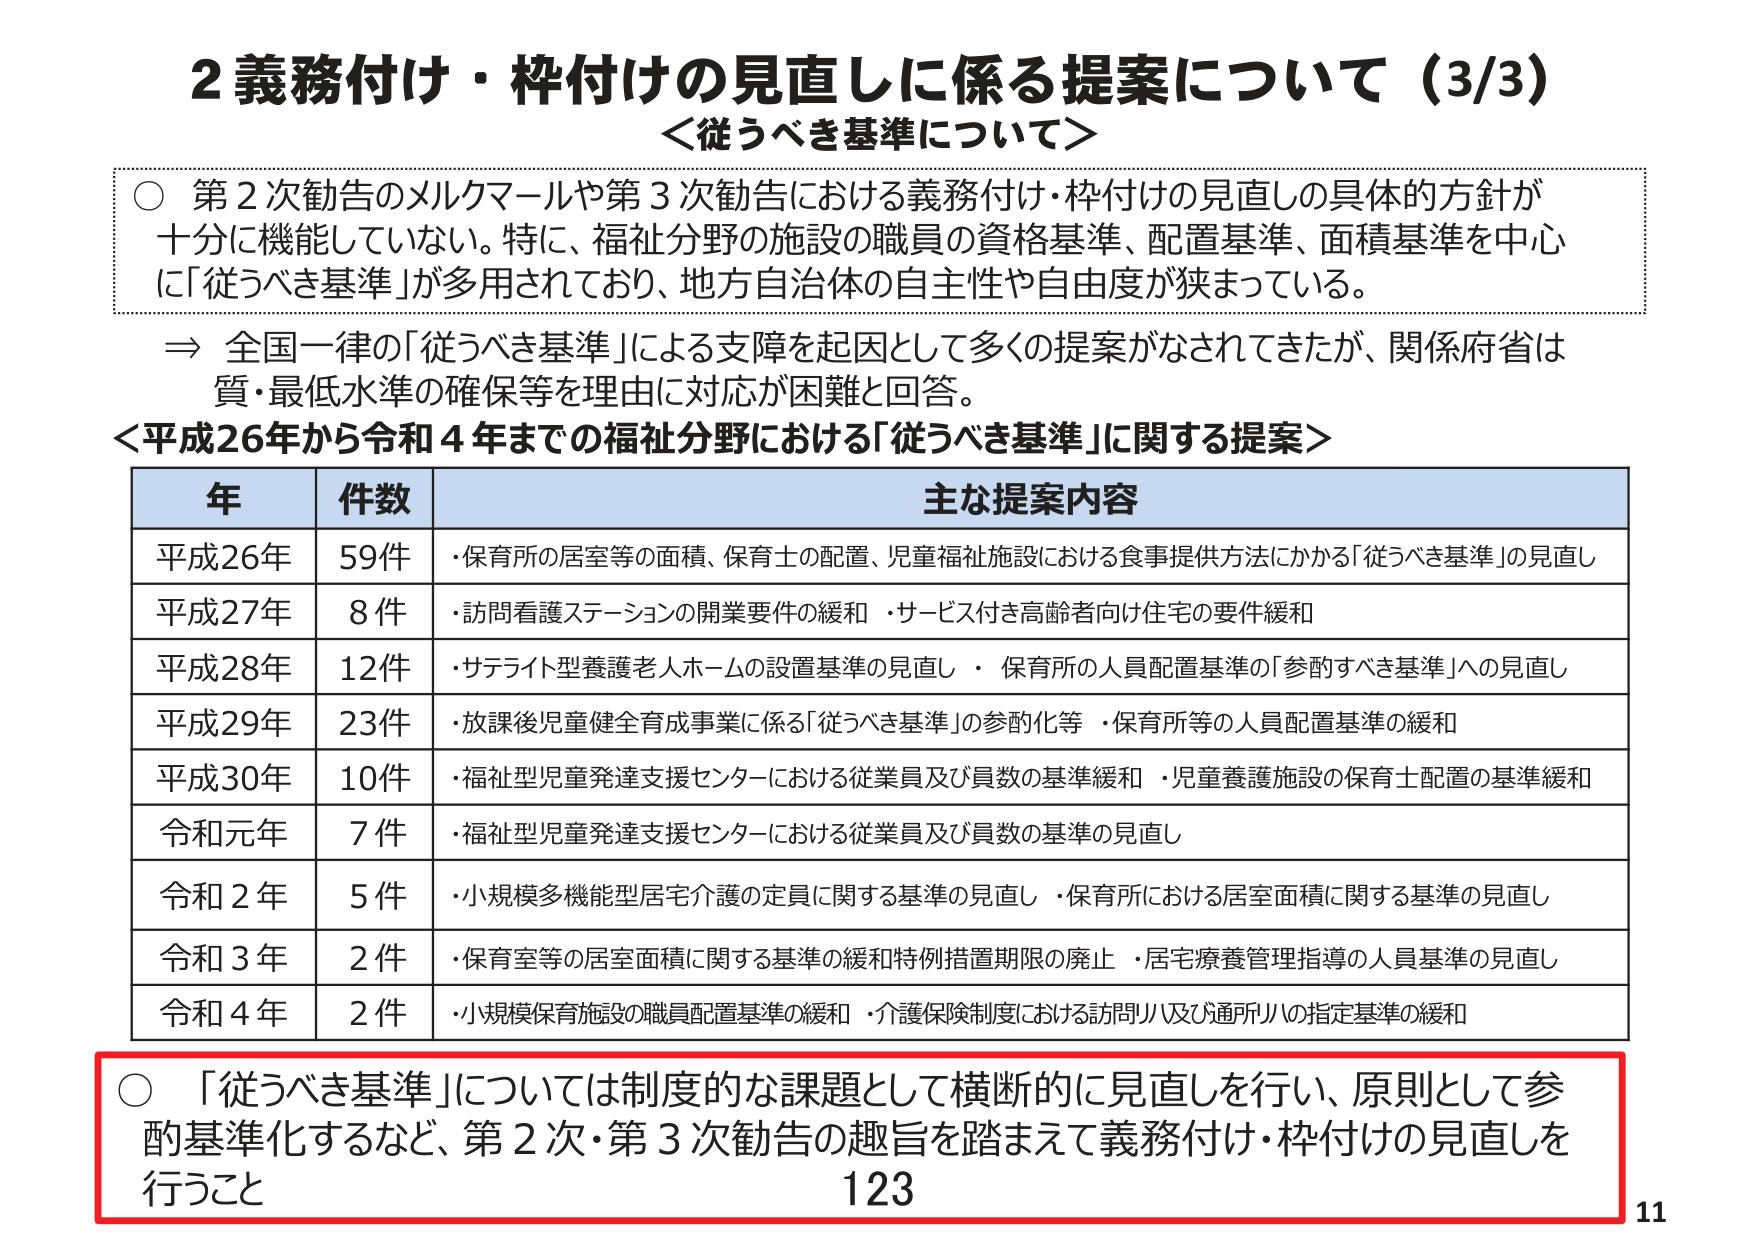
2 義務付け・枠付けの見直しに係る提案について（3/3）
＜従うべき基準について＞

○ 第2次勧告のメルクマールや第3次勧告における義務付け・枠付けの見直しの具体的方針が
十分に機能していない。特に、福祉分野の施設の職員の資格基準、配置基準、面積基準を中心に「従うべき基準」が多用されており、地方自治体の自主性や自由度が狭まっている。

⇒ 全国一律の「従うべき基準」による支障を起因として多くの提案がなされてきたが、関係府省は
質・最低水準の確保等を理由に対応が困難と回答。

＜平成26年から令和4年までの福祉分野における「従うべき基準」に関する提案＞

年　　件数　　主な提案内容
平成26年　59件　・保育所の居室等の面積、保育士の配置、児童福祉施設における食事提供方法にかかる「従うべき基準」の見直し
平成27年　8件　　・訪問看護ステーションの開業要件の緩和・サービス付き高齢者向け住宅の要件緩和
平成28年　12件　・サテライト型養護老人ホームの設置基準の見直し・保育所の人員配置基準の「参酌すべき基準」への見直し
平成29年　23件　・放課後児童健全育成事業に係る「従うべき基準」の参酌化等・保育所等の人員配置基準の緩和
平成30年　10件　・福祉型児童発達支援センターにおける従業員及び員数の基準緩和・児童養護施設の保育士配置の基準緩和
令和元年　7件　　・福祉型児童発達支援センターにおける従業員及び員数の基準の見直し
令和2年　5件　　・小規模多機能型居宅介護の定員に関する基準の見直し・保育所における居室面積に関する基準の見直し
令和3年　2件　　・保育室等の居室面積に関する基準の緩和と特例措置期限の廃止・居宅療養管理指導の人員基準の見直し
令和4年　2件　　・小規模保育施設の職員配置基準の緩和・介護保険制度における訪問リハ及び通所リハの指定基準の緩和

○ 「従うべき基準」については制度的な課題として横断的に見直しを行い、原則として参酌基準化するなど、第2次・第3次勧告の趣旨を踏まえて義務付け・枠付けの見直しを行うこと

123
11